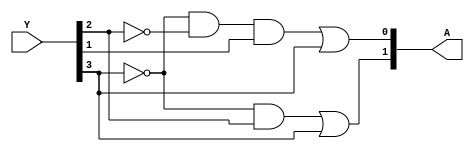
module pri_enc
(
    input [3:0] Y,
    output [1:0] A
);

assign A[1] = (~Y[3] & Y[2]) | (Y[3]);
assign A[0] =(~Y[3] & ~Y[2] & Y[1]) | (Y[3]);
endmodule